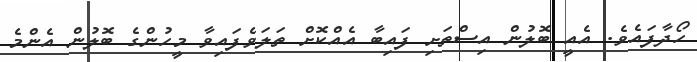
ހޯދާފައެވެ. އެއީ ބޮލުން އިސްތަށި ފައިބާ އެއްކޮށް ތަލަވެފައިވާ މީހުންގެ ބޮލުން އެންމެ